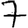
Digit: 7